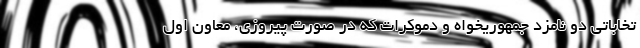
تخاباتی دو نامزد جمهوریخواه و دموکرات که در صورت پیروزی، معاون اول